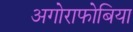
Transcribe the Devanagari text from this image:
अगोराफोबिया